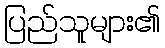
ပြည်သူများ၏